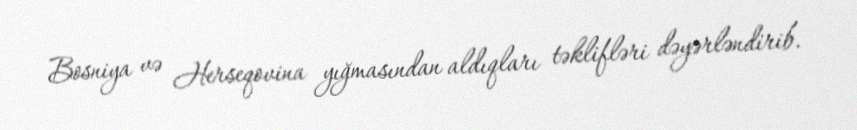
Bosniya və Herseqovina yığmasından aldıqları təklifləri dəyərləndirib.